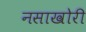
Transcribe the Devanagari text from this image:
नसाखोरी